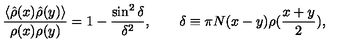
{ \frac { \langle \hat { \rho } ( x ) \hat { \rho } ( y ) \rangle } { \rho ( x ) \rho ( y ) } } = 1 - { \frac { \sin ^ { 2 } \delta } { \delta ^ { 2 } } } , \quad \quad \delta \equiv \pi N ( x - y ) \rho ( { \frac { x + y } { 2 } } ) ,